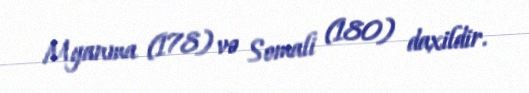
Myanma (178) və Somali (180) daxildir.